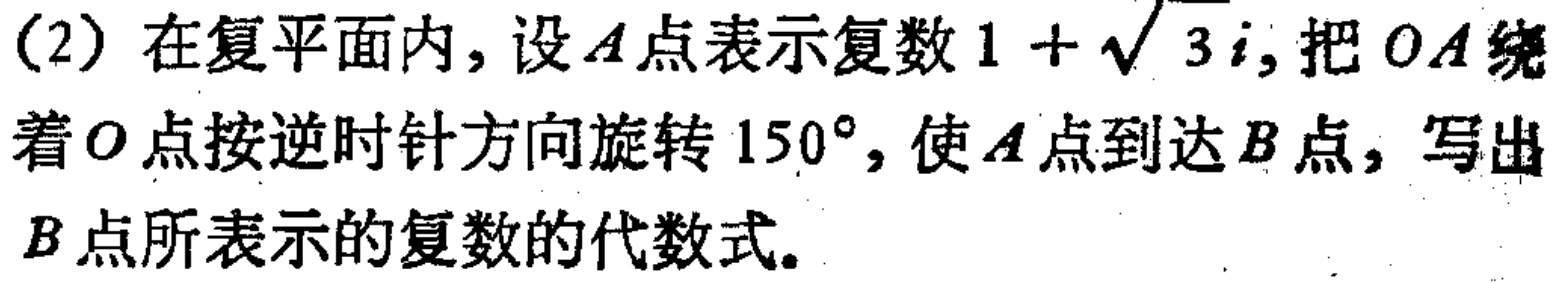
(2) 在复平面内，设\(A\)点表示复数\(1 + \sqrt{3}i\)，把\(OA\)绕着\(O\)点按逆时针方向旋转\(150^{\circ}\)，使\(A\)点到达\(B\)点，写出\(B\)点所表示的复数的代数式。